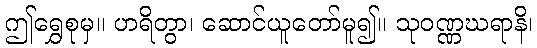
ဤရွှေစုမှ။ ဟရိတွာ၊ ဆောင်ယူတော်မူ၍။ သုဝဏ္ဏဃရာနိ၊